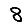
Digit: 8